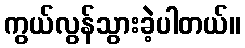
ကွယ်လွန်သွားခဲ့ပါတယ်။